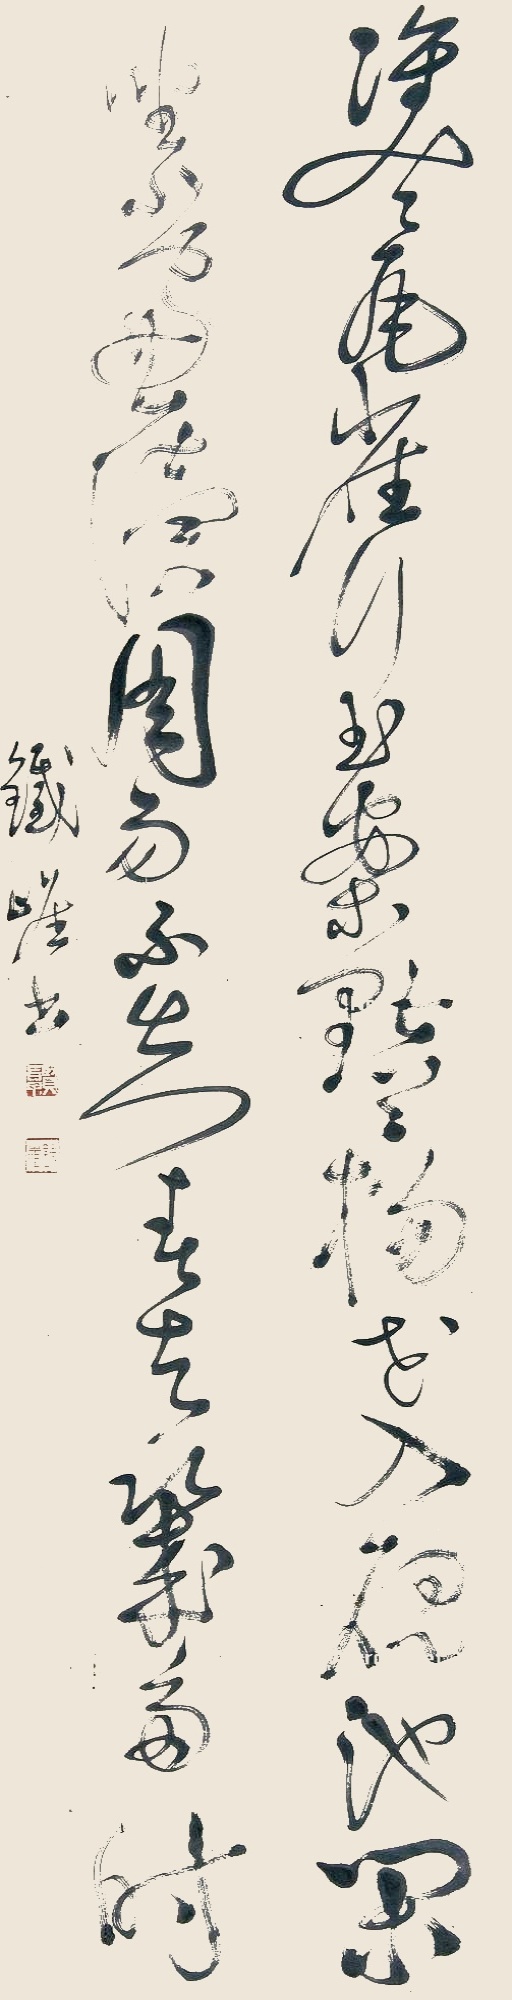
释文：双双瓦雀行玉案，点点杨花入砚池。闲坐小窗读周易，不知春去几多时！铁崖书。